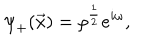
LaTeX: { \psi } _ { + } ( \vec { x } ) = { \rho } ^ { \frac { 1 } { 2 } } e ^ { i \omega } ,